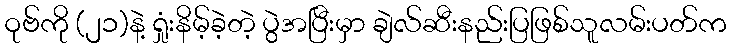
ဝုဗ်ကို (၂၁)နဲ့ ရှုံးနိမ့်ခဲ့တဲ့ ပွဲအပြီးမှာ ချဲလ်ဆီးနည်းပြဖြစ်သူလမ်းပတ်က